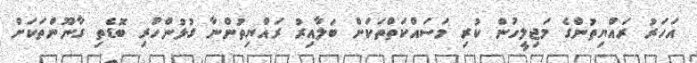
އަހަރު ރައްޔިތުންގެ މަޖިލީހުން ކުރި މަސައްކަތްތަކަަށް ބަލާއިރު ރައްޔިތުންނާ ގުޅުންހުރި ބޮޑެތި ގާނޫންތަކަށް